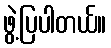
ဖွဲ့ပြပါတယ်။